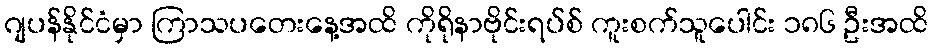
ဂျပန်နိုင်ငံမှာ ကြာသပတေးနေ့အထိ ကိုရိုနာဗိုင်းရပ်စ် ကူးစက်သူပေါင်း ၁၈၆ ဦးအထိ